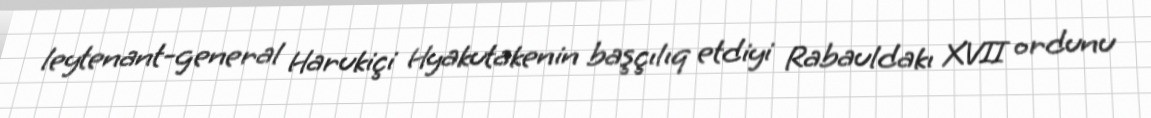
leytenant-general Harukiçi Hyakutakenin başçılıq etdiyi Rabauldakı XVII ordunu